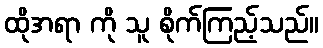
ထိုအရာ ကို သူ စိုက်ကြည့်သည်။